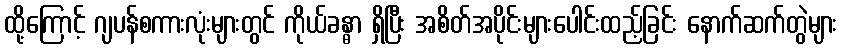
ထို့ကြောင့် ဂျပန်စကားလုံးများတွင် ကိုယ်ခန္ဓာ ရှိပြီး အစိတ်အပိုင်းများပေါင်းထည့်ခြင်း နောက်ဆက်တွဲများ